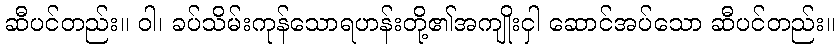
ဆီပင်တည်း။ ဝါ၊ ခပ်သိမ်းကုန်သောရဟန်းတို့၏အကျိုးငှါ ဆောင်အပ်သော ဆီပင်တည်း။